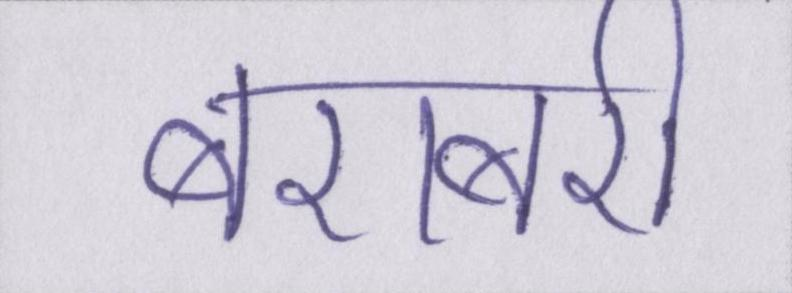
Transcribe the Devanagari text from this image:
बराबरी